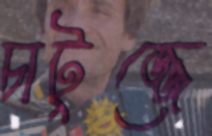
চাটুজ্জে